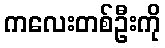
ကလေးတစ်ဦးကို